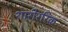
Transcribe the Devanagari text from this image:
शारीररिक